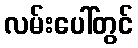
လမ်းပေါ်တွင်